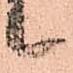
候